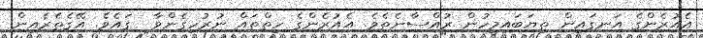
އެއުރެންގެ އަނގައިން ތިޔަބައިމީހުން ރުއްސާނެތެވެ. އެއުރެންގެ ހިތްތައް ނުރުހިގެންވާ  ގައެވެ. އޭގެތެރެއިން